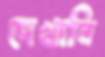
দেখাবি